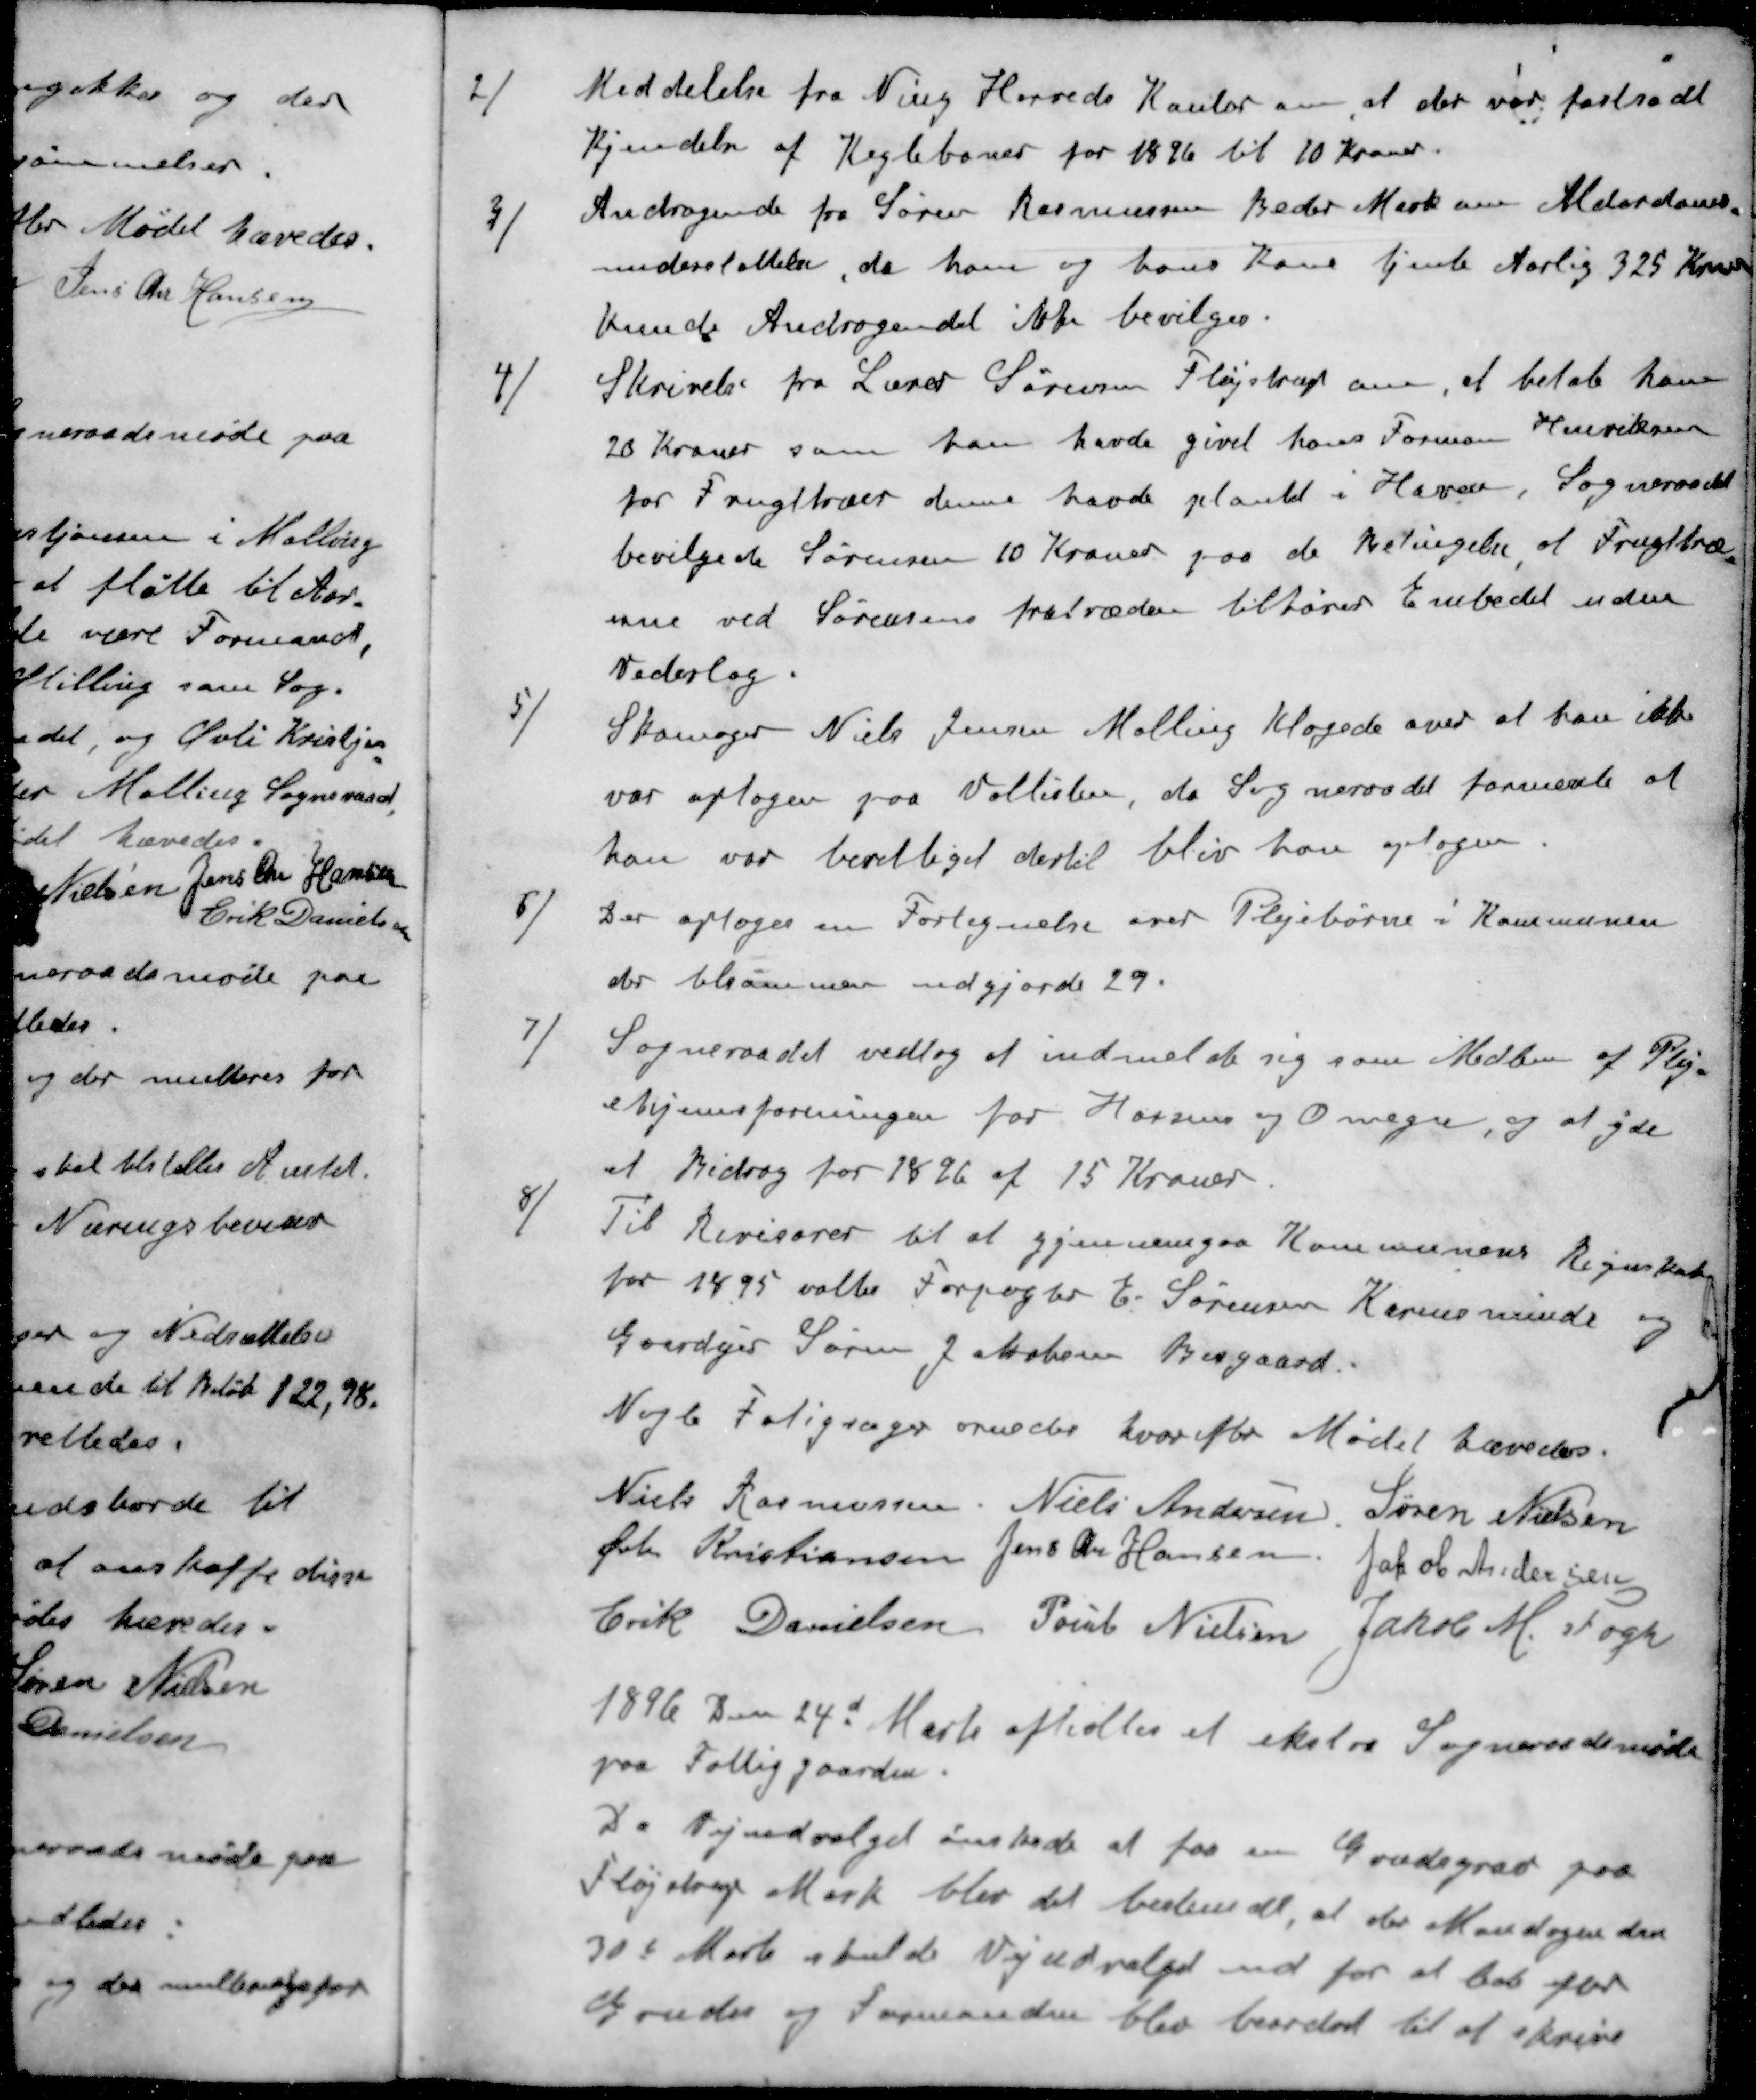
Transskription:
2 ) Meddelelse fra Ning Herreds KKontor om, at der var fastsadt
kjendelse af Keglebaner for 1896 til 10 Kroner.
3 ) Andragende fra Søren Rasmussen Beder Mark om Alderdoms-
understøttelse, da han og hans Kone tjente Aarlig 325 Kroner
kunde Andragendet ikke bevilges
4 ) Skrivelse fra Lærer Sørensen Fløjstrup om, at betale ham
20 Kroner som han havde givet hans Forman Henriksen
for Frugttræer denne havde plantet i Have. Sogneraadet
bevilgede Sørensen 10 Kroner paa de Betingelse af Frugttræ-
ene ved Sørensens fratræder tilhører Embedet uden
Vederlag.
5 ) Skomager Niels Jensen Malling Klagede over at han ikke
var optagen paa Vallisten, da Sogneraadet formente at
han var berettiget dertil blev han optagen
6 ) Der optoges en Fortegnelse over Plejebørne i Kommunen
der tilsammer udgjorde 29.
7 ) Sogneraadet vedtog at indmelde sig som Medlem af Plej-
ehjemsforeningen for Horsens og Omegn, og at yde
et Bidrag for 1896 af 15 Kroner.
8 ) Til Revisorer til at gjennemgaa Kommunens Regnskab
for 1895 valter Forpagter E. Sørensen Karensminde og
Gaardejer Søren Jakobsen Bisgaard
Nogle Fatigsager ornedes hvorefter Mødet hævedes.
Niels Rasmussen
Niels Andersen
Søren Nielsen
Øvli Kristiansen
Jens Chr Hansen
Jakob Andersen
Erik Danielsen
Poul Nielsen
Jakob M. Fogh
1896 den 24d Marts afholtes et ekstra Sogneraadsmøde
paa Fattiggaarden.
Da Vejudvalget ønskede at faa en Grudsgrav paa
Fløjstrup Mark blev det bestemdt, at der Mandagen den
30d Marts skulde Vejudvalget ud for at lede efter
Grunde og Formanden blev beordret til at skrive